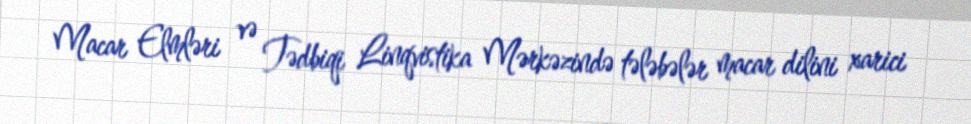
Macar Elmləri və Tədbiqi Linqvistika Mərkəzində tələbələr macar dilini xarici